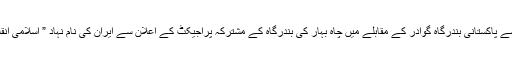
گذشتہ برسوں پاکستان کے ازلی دشمن بھارت، افغانستان اور امریکی کٹھ پتلی ایران کی طرف سے پاکستانی بندرگاہ گوادر کے مقابلے میں چاہ بہار کی بندرگاہ کے مشترکہ پراجیکٹ کے اعلان سے ایران کی نام نہاد ” اسلامی انقلابیت” ،” اسلام دوستی ” اور “جذبہء ہمسائیگی” کا اصل چہرہ پوری طرح بے نقاب ہو چکا ہے۔